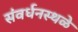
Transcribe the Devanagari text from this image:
संवर्धनस्थळे